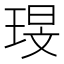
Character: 琝